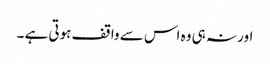
اور نہ ہی وہ اس سے واقف ہوتی ہے ۔